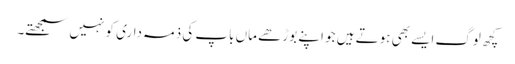
کچھ لوگ ایسے بھی ہوتے ہیں جو اپنے بوڑھے ماں باپ کی ذمہ داری کو نہیں سمجھتے۔